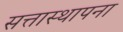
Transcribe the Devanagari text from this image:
सत्तास्थापना